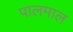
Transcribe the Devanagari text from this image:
पालमाल